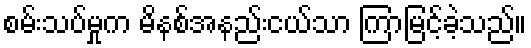
စမ်းသပ်မှုက မိနစ်အနည်းငယ်သာ ကြာမြင့်ခဲ့သည်။